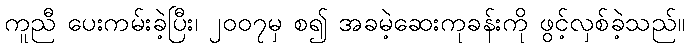
ကူညီ ပေးကမ်းခဲ့ပြီး၊ ၂၀၀၇မှ စ၍ အခမဲ့ဆေးကုခန်းကို ဖွင့်လှစ်ခဲ့သည်။